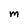
Character: M